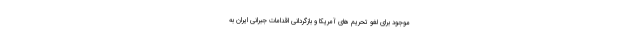
موجود برای لغو تحریم های آمریکا و بازگردانی اقدامات جبرانی ایران به